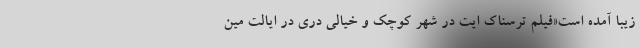
زیبا آمده است«فیلم ترسناک ایت در شهر کوچک و خیالی دری در ایالت مین